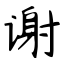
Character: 谢